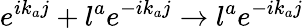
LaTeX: e^{ik_{a}j}+l^{a}e^{-ik_{a}j}\rightarrow l^{a}e^{-ik_{a}j}